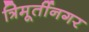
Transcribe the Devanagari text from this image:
त्रिमूर्तीनगर